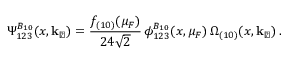
\Psi _ { 1 2 3 } ^ { B _ { 1 0 } } ( x , { \bf k _ { \perp } } ) = \frac { f _ { ( 1 0 ) } ( \mu _ { F } ) } { 2 4 \sqrt { 2 } } \, \phi _ { 1 2 3 } ^ { B _ { 1 0 } } ( x , \mu _ { F } ) \, \Omega _ { ( 1 0 ) } ( x , { \bf k _ { \perp } } ) \: .